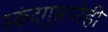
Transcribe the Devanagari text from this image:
स्कंदगुप्तानेही